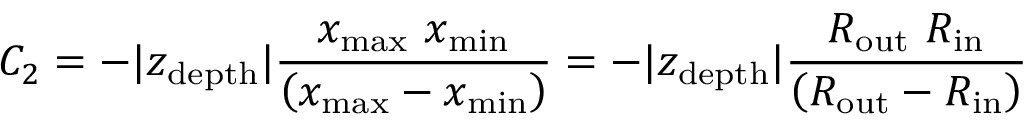
C _ { 2 } = - \vert z _ { \mathrm { d e p t h } } \vert \frac { x _ { \mathrm { m a x } } \ x _ { \mathrm { m i n } } } { \left( x _ { \mathrm { m a x } } - x _ { \mathrm { m i n } } \right) } = - \vert z _ { \mathrm { d e p t h } } \vert \frac { R _ { \mathrm { o u t } } \ R _ { \mathrm { i n } } } { \left( R _ { \mathrm { o u t } } - R _ { \mathrm { i n } } \right) }